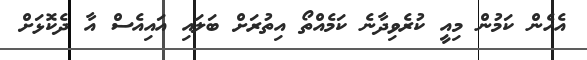
އެހެން ކަމުން މިއީ ކުރެވިދާނެ ކަމެއްތޯ އިތުރަށް ބަލައި އައިއެސް އާ ދެކޮޅަށް